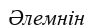
Әлемнін